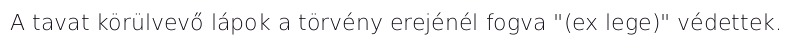
A tavat körülvevő lápok a törvény erejénél fogva "(ex lege)" védettek.